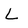
Character: L